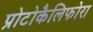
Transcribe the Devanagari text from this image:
प्रोटोकैलिफोरा